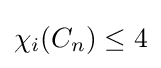
\chi _{i}(C_{n})\leq 4